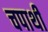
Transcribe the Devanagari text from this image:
चपाथी